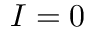
I = 0